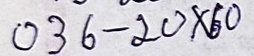
036 - 20 x 60